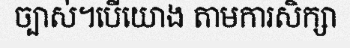
ច្បាស់។បើយោង តាមការសិក្សា